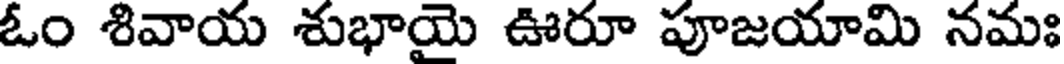
ఓం శివాయ శుభాయై ఊరూ పూజయామి నమః